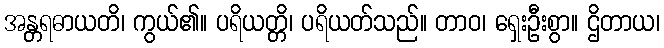
အန္တရဓာယတိ၊ ကွယ်၏။ ပရိယတ္တိ၊ ပရိယတ်သည်။ တာဝ၊ ရှေးဦးစွာ။ ဌိတာယ၊